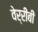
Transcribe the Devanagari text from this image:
वेर्रीबी